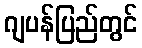
ဂျပန်ပြည်တွင်